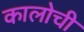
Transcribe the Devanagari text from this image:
कालोची